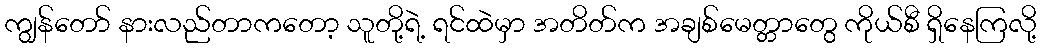
ကျွန်တော် နားလည်တာကတော့ သူတို့ရဲ့ ရင်ထဲမှာ အတိတ်က အချစ်မေတ္တာတွေ ကိုယ်စီ ရှိနေကြလို့